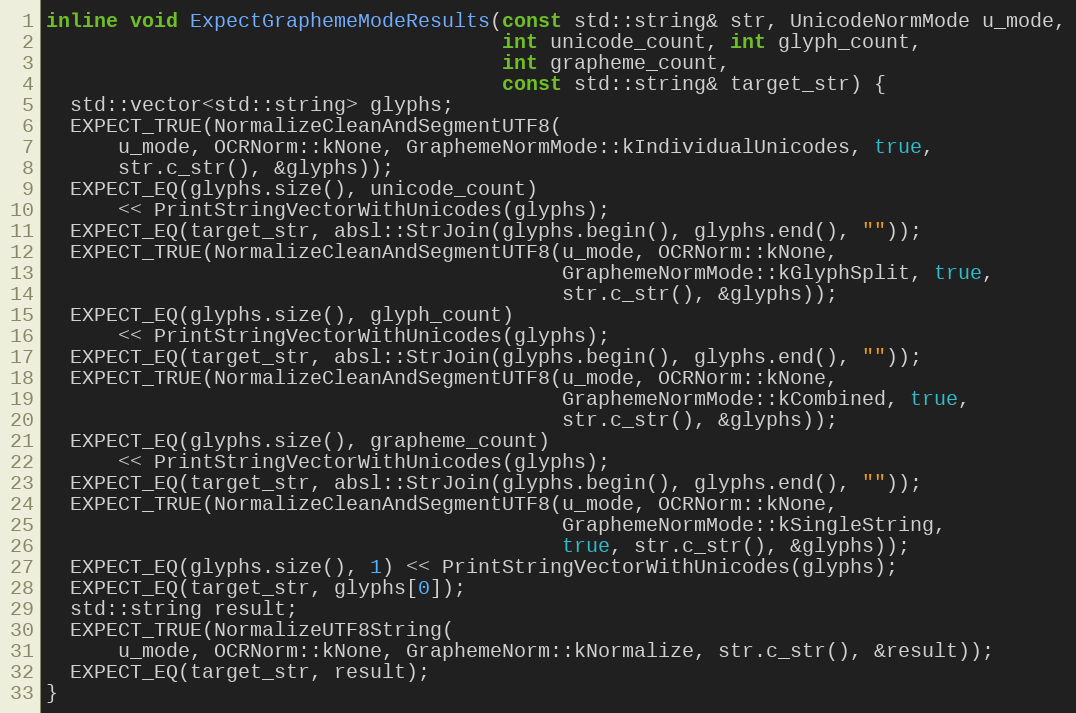
Language: C
inline void ExpectGraphemeModeResults(const std::string& str, UnicodeNormMode u_mode,
                                      int unicode_count, int glyph_count,
                                      int grapheme_count,
                                      const std::string& target_str) {
  std::vector<std::string> glyphs;
  EXPECT_TRUE(NormalizeCleanAndSegmentUTF8(
      u_mode, OCRNorm::kNone, GraphemeNormMode::kIndividualUnicodes, true,
      str.c_str(), &glyphs));
  EXPECT_EQ(glyphs.size(), unicode_count)
      << PrintStringVectorWithUnicodes(glyphs);
  EXPECT_EQ(target_str, absl::StrJoin(glyphs.begin(), glyphs.end(), ""));
  EXPECT_TRUE(NormalizeCleanAndSegmentUTF8(u_mode, OCRNorm::kNone,
                                           GraphemeNormMode::kGlyphSplit, true,
                                           str.c_str(), &glyphs));
  EXPECT_EQ(glyphs.size(), glyph_count)
      << PrintStringVectorWithUnicodes(glyphs);
  EXPECT_EQ(target_str, absl::StrJoin(glyphs.begin(), glyphs.end(), ""));
  EXPECT_TRUE(NormalizeCleanAndSegmentUTF8(u_mode, OCRNorm::kNone,
                                           GraphemeNormMode::kCombined, true,
                                           str.c_str(), &glyphs));
  EXPECT_EQ(glyphs.size(), grapheme_count)
      << PrintStringVectorWithUnicodes(glyphs);
  EXPECT_EQ(target_str, absl::StrJoin(glyphs.begin(), glyphs.end(), ""));
  EXPECT_TRUE(NormalizeCleanAndSegmentUTF8(u_mode, OCRNorm::kNone,
                                           GraphemeNormMode::kSingleString,
                                           true, str.c_str(), &glyphs));
  EXPECT_EQ(glyphs.size(), 1) << PrintStringVectorWithUnicodes(glyphs);
  EXPECT_EQ(target_str, glyphs[0]);
  std::string result;
  EXPECT_TRUE(NormalizeUTF8String(
      u_mode, OCRNorm::kNone, GraphemeNorm::kNormalize, str.c_str(), &result));
  EXPECT_EQ(target_str, result);
}